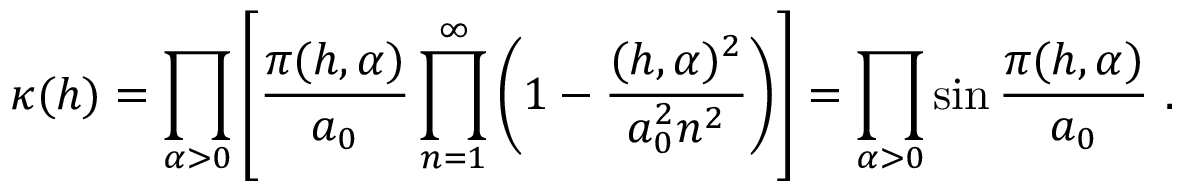
\kappa ( h ) = \prod _ { \alpha > 0 } \left[ \frac { \pi ( h , \alpha ) } { a _ { 0 } } \prod _ { n = 1 } ^ { \infty } \left( 1 - \frac { ( h , \alpha ) ^ { 2 } } { a _ { 0 } ^ { 2 } n ^ { 2 } } \right) \right] = \prod _ { \alpha > 0 } \sin \frac { \pi ( h , \alpha ) } { a _ { 0 } } \ .